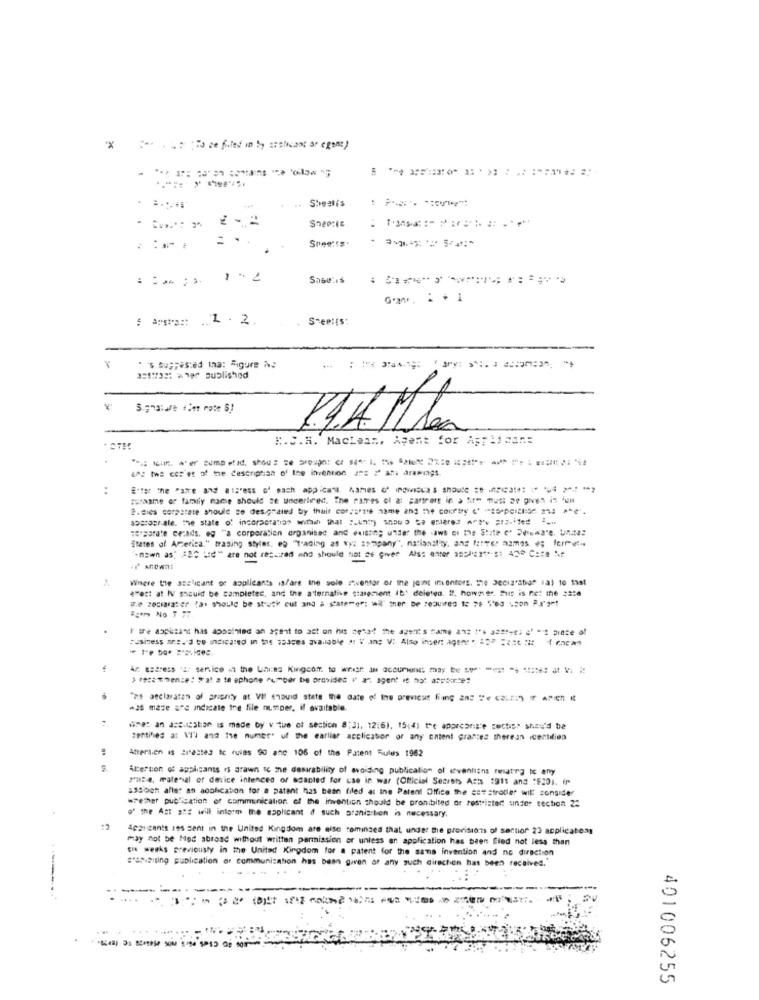
Steelis
..
Sneg:IS
==
: Arstra :: 1.2.
S-emits:
" 's Suggested Ina: Figure No
asses: wer published
R.S.M. Maclean, Agent for Applica ==
Log the cet'es of the description of the invention ans 2 af drawings.
..
Etter the Pace and espress of each appicans. Names of ingwiec's should : 3* ** ****
Estaame of family name should se undertred, The sures of ai partrert in a hire "est ze given in 'un
2.dies corpstate should se des.grated by thuit corporate name and the country e' "zorpertise. 213 A.
sogrape.ale. the state of incoraeratios within that ".und) should be enlared Art'w ;r.ifed 1 ...
separate cezads. eg "a corporation organised and existing under the aws or the State c' Deleware, Unita:
States of America." traning styles, eg "trading as wy: sompany", nationality, and farver names e; ferme-
"mawn as" ABO Lie" are not rec .. red and should not ce giver Als: enter 3:5 41"" $1 420 Cate Ne
Where the asslicant of applicants is/are ine sole miventor of the joint imontors, the Jeciafabio" (a) to that
4"est a! IV should be completed, and the a'ternative statement It' deleted. If, however. Buit is not the ##28
ture aspisand has appsinled an spent to ast on his zehad the agents fame ant !"4 adet-e; e' " diese of
An ssaress :a/ senico . the Unies Kingcon. to whier in document may be ##* ***** ** ****** ** *
"it seclaratan of prienty at VI should stete the date of the previous fing an2 "e (aLEI) IF ARICH K
+25 maze are indicate the file numper, if available.
fine: an ass.ication is made by v. tue of section 8:31. 12:6). 15(4) the aporcaria'e sechis. shei'd be
zetihled a: VI'l and the numer" uf the earlier acclication of any ontent grantes therean icertifies
:
Attersen is Sitestes te rules 90 anc 106 of the Patent Sules 1962
Alertion of applicants is drawn Ic the desirability of avoiding publication of inventians renatra to any
Pute, material or desice intences or scanted for use in war (Official Secrets Acts 1911 and :E201. fr
a39och afler an aoglication for a patent has been filed as ine Patent Office the eststroller wil consider
wrecher publication of communication of the invention should be pronibited or restricted under section 22
a" the Ast az will interm the applicant 4 such granizlen is necessary.
Aparcants ses sent in the United Kingdom are also taminges that, under the provisions of section 23 applications
may not be Mod abroad without written permission of unless an application has been fied not less than
Eis weeks previously in the United Kingdom for a patent for the same invention and no direction
#'SDeiting publication of communication has baan giren of any such direction has been received.
---
401006255